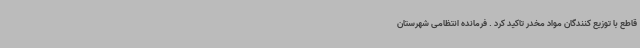
قاطع با توزیع کنندگان مواد مخدر تاکید کرد . فرمانده انتظامی شهرستان